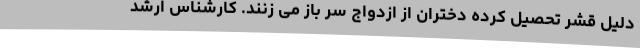
دلیل قشر تحصیل کرده دختران از ازدواج سر باز می زنند. کارشناس ارشد